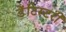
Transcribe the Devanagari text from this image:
डेंटिस्टरी